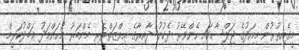
މީގެއިތުރުން މިއަދުގެ ޖަލްސާގައި ހެންވޭރު ދެކުނު ދާއިރާގެ ޢިއްޒަތްތެރި މެންބަރު މުޙައްމަދު ޢަބްދުކަރީމް